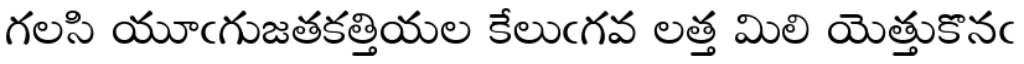
గలసి యూఁగుజతకత్తియల కేలుఁగవ లత్త మిలి యెత్తుకొనఁ